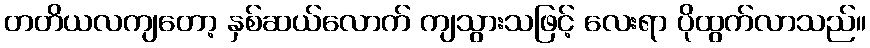
တတိယလကျတော့ နှစ်ဆယ်လောက် ကျသွားသဖြင့် လေးရာ ပိုထွက်လာသည်။